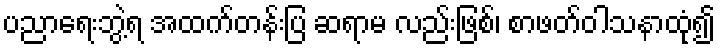
ပညာရေးဘွဲ့ရ အထက်တန်းပြ ဆရာမ လည်းဖြစ်၊ စာဖတ်ဝါသနာထုံ၍